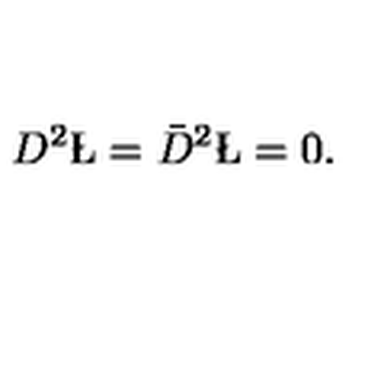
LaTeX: D ^ { 2 } \L = \bar { D } ^ { 2 } \L = 0 .